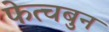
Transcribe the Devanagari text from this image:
फेत्चबुन